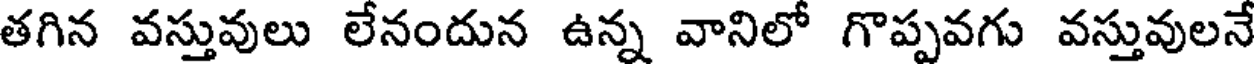
తగిన వస్తువులు లేనందున ఉన్న వానిలో గొప్పవగు వస్తువులనే